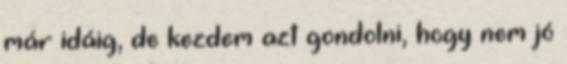
már idáig, de kezdem azt gondolni, hogy nem jó